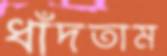
ধাঁদতাম